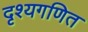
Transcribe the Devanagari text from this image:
दृश्यगणित